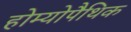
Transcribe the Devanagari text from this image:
होम्‍योपैथिक